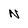
Character: N